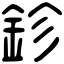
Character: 鉁